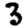
Digit: 3